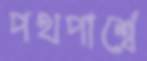
পথপার্শ্বে